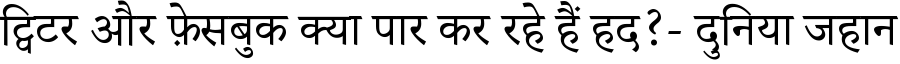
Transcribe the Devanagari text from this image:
ट्विटर और फ़ेसबुक क्या पार कर रहे हैं हद?- दुनिया जहान